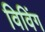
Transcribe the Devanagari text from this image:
विविंग